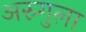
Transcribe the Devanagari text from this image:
अरुगुला